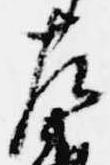
左